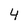
Character: 4